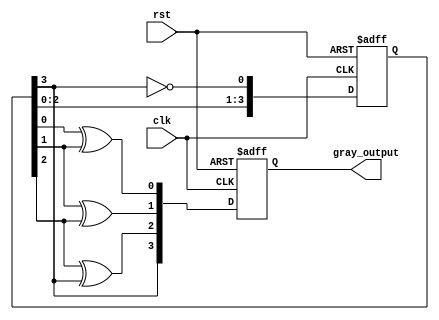
module johnson_gray_counter(
    input clk,
    input rst,
    output reg [3:0] gray_output
);

reg [3:0] johnson_output;

always @(posedge clk or posedge rst) begin
    if (rst) begin
        johnson_output <= 4'b0000;
        gray_output <= 4'b0000;
    end else begin
        // Johnson counter logic
        johnson_output <= {johnson_output[2:0], ~johnson_output[3]};

        // Gray code conversion logic
        gray_output[0] <= johnson_output[0] ^ johnson_output[1];
        gray_output[1] <= johnson_output[1] ^ johnson_output[2];
        gray_output[2] <= johnson_output[2] ^ johnson_output[3];
        gray_output[3] <= johnson_output[3];
    end
end

endmodule